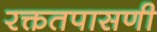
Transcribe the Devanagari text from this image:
रक्ततपासणी